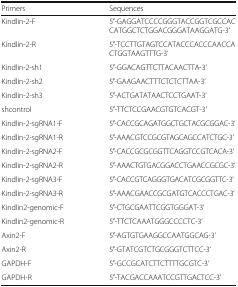
<table><thead><tr><td><b>Primers</b></td><td><b>Sequences</b></td></tr></thead><tbody><tr><td>Kindlin-2-F</td><td>5′-GAGGATCCCCGGGTACCGGTCGCCACCATGGCTCTGGACGGGATAAGGATG-3’</td></tr><tr><td>Kindlin-2-R</td><td>5′-TCCTTGTAGTCCATACCCACCCAACCACTGGTAAGTTTG-3’</td></tr><tr><td>Kindlin-2-sh1</td><td>5′-GGACAGTTCTTACAACTTA-3’</td></tr><tr><td>Kindlin-2-sh2</td><td>5′-GAAGAACTTTCTCTCTTAA-3’</td></tr><tr><td>Kindlin-2-sh3</td><td>5′-ACTGATATAACTCCTGAAT-3’</td></tr><tr><td>shcontrol</td><td>5′-TTCTCCGAACGTGTCACGT-3’</td></tr><tr><td>Kindlin-2-sgRNA1-F</td><td>5′-CACCGCAGATGGCTGCTACGCGGAC-3’</td></tr><tr><td>Kindlin-2-sgRNA1-R</td><td>5′-AAACGTCCGCGTAGCAGCCATCTGC-3’</td></tr><tr><td>Kindlin-2-sgRNA2-F</td><td>5′-CACCGCGCGGTTCAGGTCCGTCACA-3’</td></tr><tr><td>Kindlin-2-sgRNA2-R</td><td>5′-AAACTGTGACGGACCTGAACCGCGC-3’</td></tr><tr><td>Kindlin-2-sgRNA3-F</td><td>5′-CACCGTCAGGGTGACATCGCGGTTC-3’</td></tr><tr><td>Kindlin-2-sgRNA3-R</td><td>5′-AAACGAACCGCGATGTCACCCTGAC-3’</td></tr><tr><td>Kindlin2-genomic-F</td><td>5′-CTGCGAATTCGGTGGGAT-3’</td></tr><tr><td>Kindlin2-genomic-R</td><td>5′-TTCTCAAATGGGCCCCTC-3’</td></tr><tr><td>Axin2-F</td><td>5′-AGTGTGAAGGCCAATGGCAG-3’</td></tr><tr><td>Axin2-R</td><td>5′-GTATCGTCTGCGGGTCTTCC-3’</td></tr><tr><td>GAPDH-F</td><td>5′-GCCGCATCTTCTTTTGCGTC-3’</td></tr><tr><td>GAPDH-R</td><td>5′-TACGACCAAATCCGTTGACTCC-3’</td></tr></tbody></table>